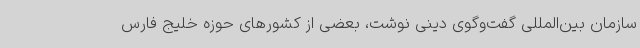
سازمان بین‌المللی گفت‌وگوی دینی نوشت، بعضی از کشورهای حوزه خلیج فارس